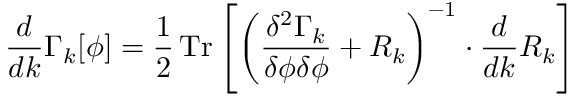
{ \frac { d } { d k } } \Gamma _ { k } [ \phi ] = { \frac { 1 } { 2 } } \operatorname { T r } \left[ \left( { \frac { \delta ^ { 2 } \Gamma _ { k } } { \delta \phi \delta \phi } } + R _ { k } \right) ^ { - 1 } \cdot { \frac { d } { d k } } R _ { k } \right]